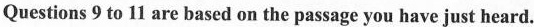
Questions 9 to 11 are based on the passage you have just heard.